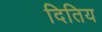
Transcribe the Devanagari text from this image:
दितिय